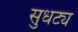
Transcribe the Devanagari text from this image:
सुधट्य